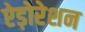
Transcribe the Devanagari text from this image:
ऐड़ोरेशन